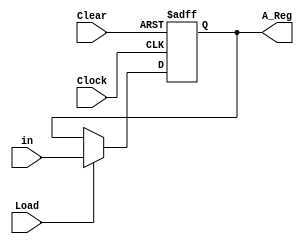
module Register(Clock,Clear,Load,in,A_Reg);
 parameter n = 5;
 input Clock,Clear,Load;
 input [n-1:0]in;
 output reg[n-1:0]A_Reg;



always @( posedge Clock, negedge Clear )
begin 

 if(!Clear)
 A_Reg <= 0;
 else
 
 begin  
 if(Load)
 A_Reg <= in;  
 else
 A_Reg <= A_Reg;
 end 
 
end 


endmodule